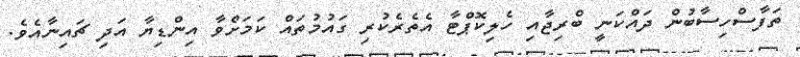
ތަފާސްހިސާބުން ދައްކަނީ ބްރިޖާއި ހެލިކޮޕްޓާ އެތެރެކުރި ގައުމުތައް ކަމަށްވާ އިންޑިޔާ އަދި ޗައިނާއެވެ.